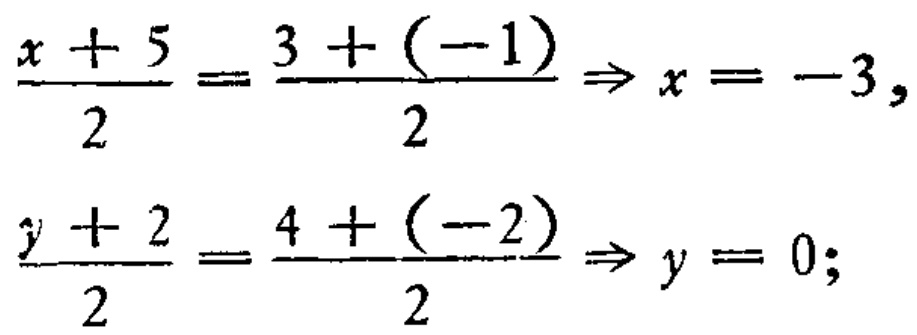
\[\frac{x + 5}{2}=\frac{3 + (-1)}{2}\Rightarrow x = -3,\]
\[\frac{y + 2}{2}=\frac{4 + (-2)}{2}\Rightarrow y = 0;\]